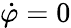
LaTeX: \dot{\varphi}=0